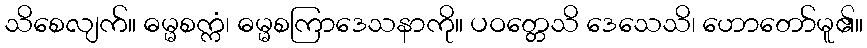
သိစေလျက်။ ဓမ္မစက္ကံ၊ ဓမ္မစကြာဒေသနာကို။ ပဝတ္တေသိ ဒေသေသိ၊ ဟောတော်မူ၏။